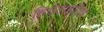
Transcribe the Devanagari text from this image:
हिपेटाइटिस